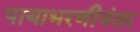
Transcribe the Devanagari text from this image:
पायाभरणीनंतर